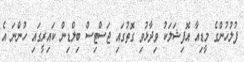
ފުލުހުންގެ މީޑިއާ އޮފިޝަލަކު ވިދާޅުވި ގޮތުގައި ޖަސްޓިސް ބިލްޑިން ކައިރީގައި ހުންނަ އެ